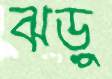
ঝড়ু